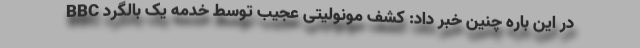
BBC در این باره چنین خبر داد: کشف مونولیتی عجیب توسط خدمه یک بالگرد